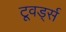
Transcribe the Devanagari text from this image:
टूवर्ड्स